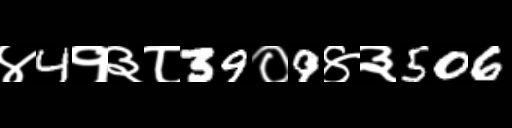
Text: ४4१३८39०9४३506